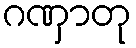
ဂဏှာတု